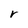
Character: r